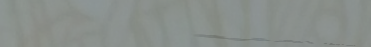
محلات بيع المجوهرات: ذهب